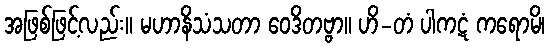
အဖြစ်ဖြင့်လည်း။ မဟာနိသံသတာ ဝေဒိတဗ္ဗာ။ ဟိ-တံ ပါကဋံ ကရောမိ၊